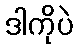
ဒါကိုပဲ